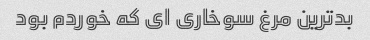
بدترین مرغ سوخاری ای که خوردم بود